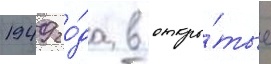
1949 го́да в откры́тые